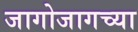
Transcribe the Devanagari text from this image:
जागोजागच्या